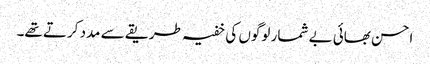
احسن بھائی بے شمار لوگوں کی خفیہ طریقے سے مدد کرتے تھے۔